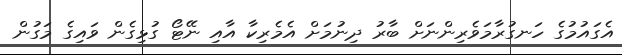
އެގައުމުގެ ހަނގުރާމަވެރިންނަށް ބާރު ދިނުމަށް އެމެރިކާ އާއި ނޭޓޯ ގުޅިގެން ވައިގެ މަގުން